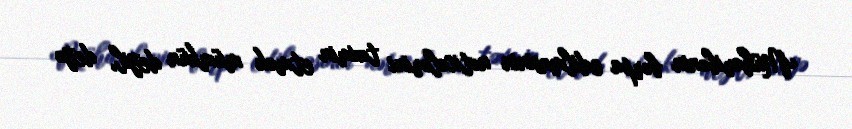
Müharibənin bərpa edilməsinin nəticələrini təxmin etmək mümkün deyil, deyə